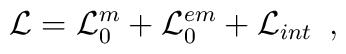
{\cal L}={\cal L}_{0}^m+{\cal L}_{0}^{em}+{\cal L}_{int} \,\,\,,